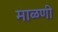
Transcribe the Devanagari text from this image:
माळणी